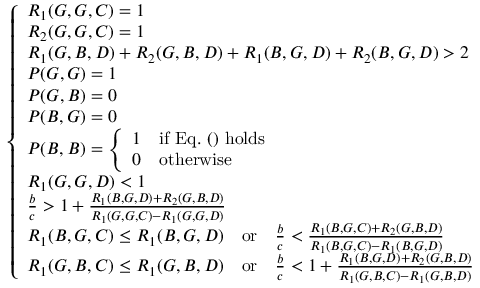
\begin{array} { r } { \left\{ \begin{array} { l l } { R _ { 1 } ( G , G , C ) = 1 } \\ { R _ { 2 } ( G , G , C ) = 1 } \\ { R _ { 1 } ( G , B , D ) + R _ { 2 } ( G , B , D ) + R _ { 1 } ( B , G , D ) + R _ { 2 } ( B , G , D ) > 2 } \\ { P ( G , G ) = 1 } \\ { P ( G , B ) = 0 } \\ { P ( B , G ) = 0 } \\ { P ( B , B ) = \left\{ \begin{array} { l l } { 1 } & { \mathrm { i f ~ E q . ~ ( ) ~ h o l d s } } \\ { 0 } & { \mathrm { o t h e r w i s e } } \end{array} \right. } \\ { R _ { 1 } ( G , G , D ) < 1 } \\ { \frac { b } { c } > 1 + \frac { R _ { 1 } ( B , G , D ) + R _ { 2 } ( G , B , D ) } { R _ { 1 } ( G , G , C ) - R _ { 1 } ( G , G , D ) } } \\ { R _ { 1 } ( B , G , C ) \leq R _ { 1 } ( B , G , D ) { \quad \mathrm { o r } \quad } \frac { b } { c } < \frac { R _ { 1 } ( B , G , C ) + R _ { 2 } ( G , B , D ) } { R _ { 1 } ( B , G , C ) - R _ { 1 } ( B , G , D ) } } \\ { R _ { 1 } ( G , B , C ) \leq R _ { 1 } ( G , B , D ) { \quad \mathrm { o r } \quad } \frac { b } { c } < 1 + \frac { R _ { 1 } ( B , G , D ) + R _ { 2 } ( G , B , D ) } { R _ { 1 } ( G , B , C ) - R _ { 1 } ( G , B , D ) } } \end{array} \right. } \end{array}